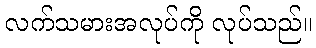
လက်သမားအလုပ်ကို လုပ်သည်။